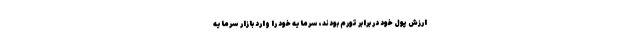
ارزش پول خود در برابر تورم بودند، سرمایه خود را وارد بازار سرمایه